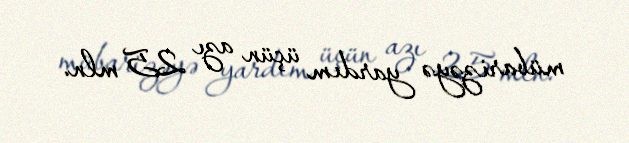
mübarizəyə yardım üçün azı 25 mln.